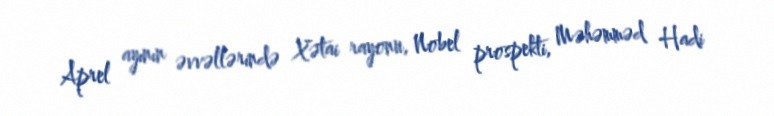
Aprel ayının əvvəllərində Xətai rayonu, Nobel prospekti, Məhəmməd Hadi